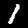
Digit: 1